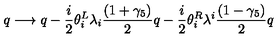
q \longrightarrow q - { \frac { i } { 2 } } \theta _ { i } ^ { L } \lambda _ { i } { \frac { ( 1 + \gamma _ { 5 } ) } { 2 } } q - { \frac { i } { 2 } } \theta _ { i } ^ { R } \lambda ^ { i } { \frac { ( 1 - \gamma _ { 5 } ) } { 2 } } q